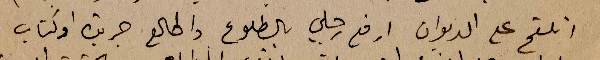
اتلقح على الديوان ارفع رجلي بالطلوع واطالع جريدة او كتاب